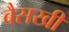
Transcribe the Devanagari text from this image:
बैसखी